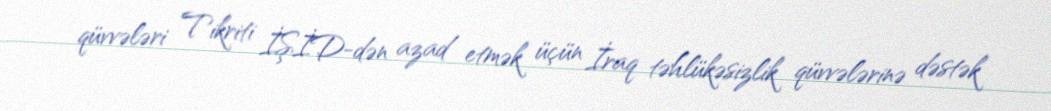
qüvvələri Tikriti İŞİD-dən azad etmək üçün İraq təhlükəsizlik qüvvələrinə dəstək